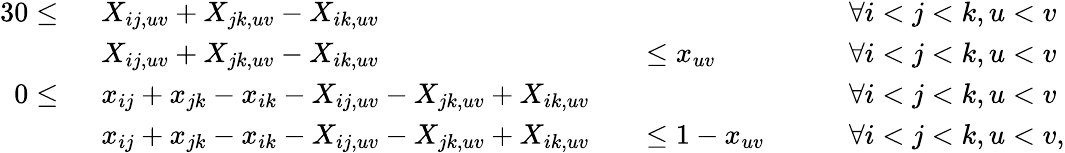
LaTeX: \begin{array}{rlrlrl}{{3}0\leq~}&{X_{ij,uv}+X_{jk,uv}-X_{ik,uv}}&&{}&&{\forall i<j<k,u<v}\\ &{X_{ij,uv}+X_{jk,uv}-X_{ik,uv}}&&{\leq x_{uv}}&&{\forall i<j<k,u<v}\\ {0\leq~}&{x_{ij}+x_{jk}-x_{ik}-X_{ij,uv}-X_{jk,uv}+X_{ik,uv}}&&{}&&{\forall i<j<k,u<v}\\ &{x_{ij}+x_{jk}-x_{ik}-X_{ij,uv}-X_{jk,uv}+X_{ik,uv}}&&{\leq 1-x_{uv}\quad}&&{\forall i<j<k,u<v,}\end{array}